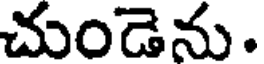
చుండెను.